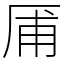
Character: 㕊